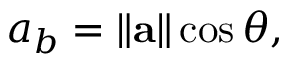
a _ { b } = \left\| \mathbf { a } \right\| \cos \theta ,